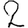
Digit: 2